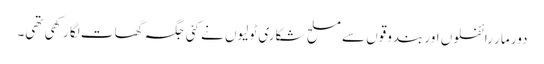
دور مار رائفلوں اور بندوقوں سے مسلح شکاری ٹولیوں نے کئی جگہ گھات لگا رکھی تھی۔